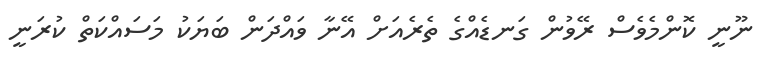
ނޫނީ ކޮންމެވެސް ރޭވުން ގަނޑެއްގެ ތެރެއަށް އޭނާ ވައްދަން ބަޔަކު މަސައްކަތް ކުރަނީ